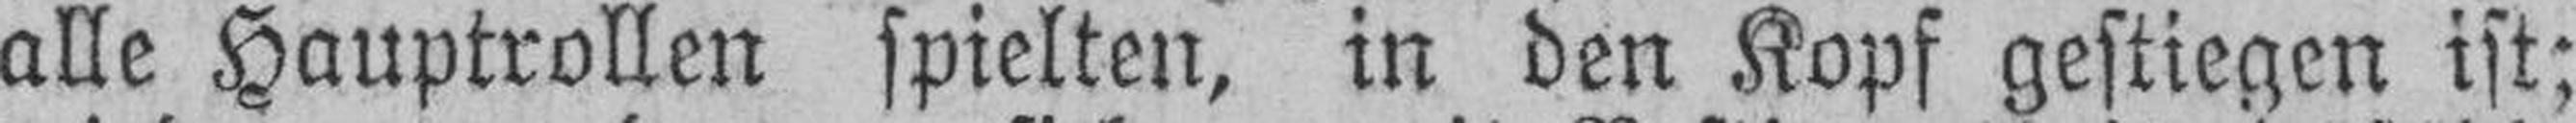
alle Hauptrollen spielten, in den Kopf gestiegen ist;